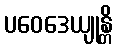
ပဝေဒေယျုန္တိ